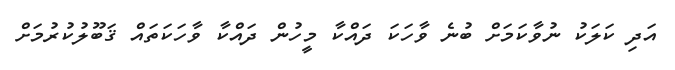
އަދި ކަލަކު ނުވާކަމަށް ބުނެ ވާހަކަ ދައްކާ މީހުން ދައްކާ ވާހަކަތައް ޤަބޫލުކުރުމަށް